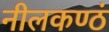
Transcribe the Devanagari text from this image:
नीलकण्ठं